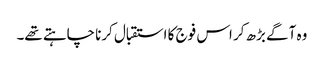
وہ آگے بڑھ کر اس فوج کا استقبال کرنا چاہتے تھے۔